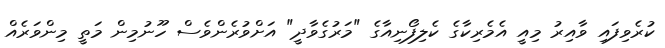
ކުރެވިފައި ވާއިރު މިއީ އެމެރިކާގެ ކެލިފޯނިއާގެ "މަރުގެވާދީ" އަށްވުރެންވެސް ހޫނުމިން މަތީ މިންވަރެއް